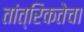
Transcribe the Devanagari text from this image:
तांत्रिकतेचा